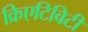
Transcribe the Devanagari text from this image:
क्रिएटिविटी